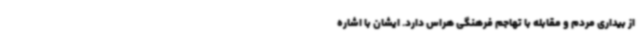
از بیداری مردم و مقابله با تهاجم فرهنگی هراس دارد. ایشان با اشاره